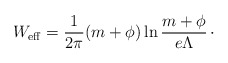
\begin{align*}W_{\rm eff} = {1\over 2\pi} (m+ \phi)\ln {m+\phi\over e\Lambda}\, \cdotp\end{align*}